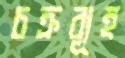
চক্রব্যূহ